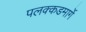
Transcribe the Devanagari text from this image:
पलक्कडमार्गे